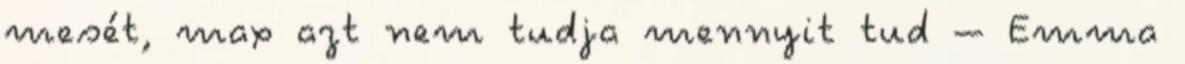
mesét, max azt nem tudja mennyit tud – Emma